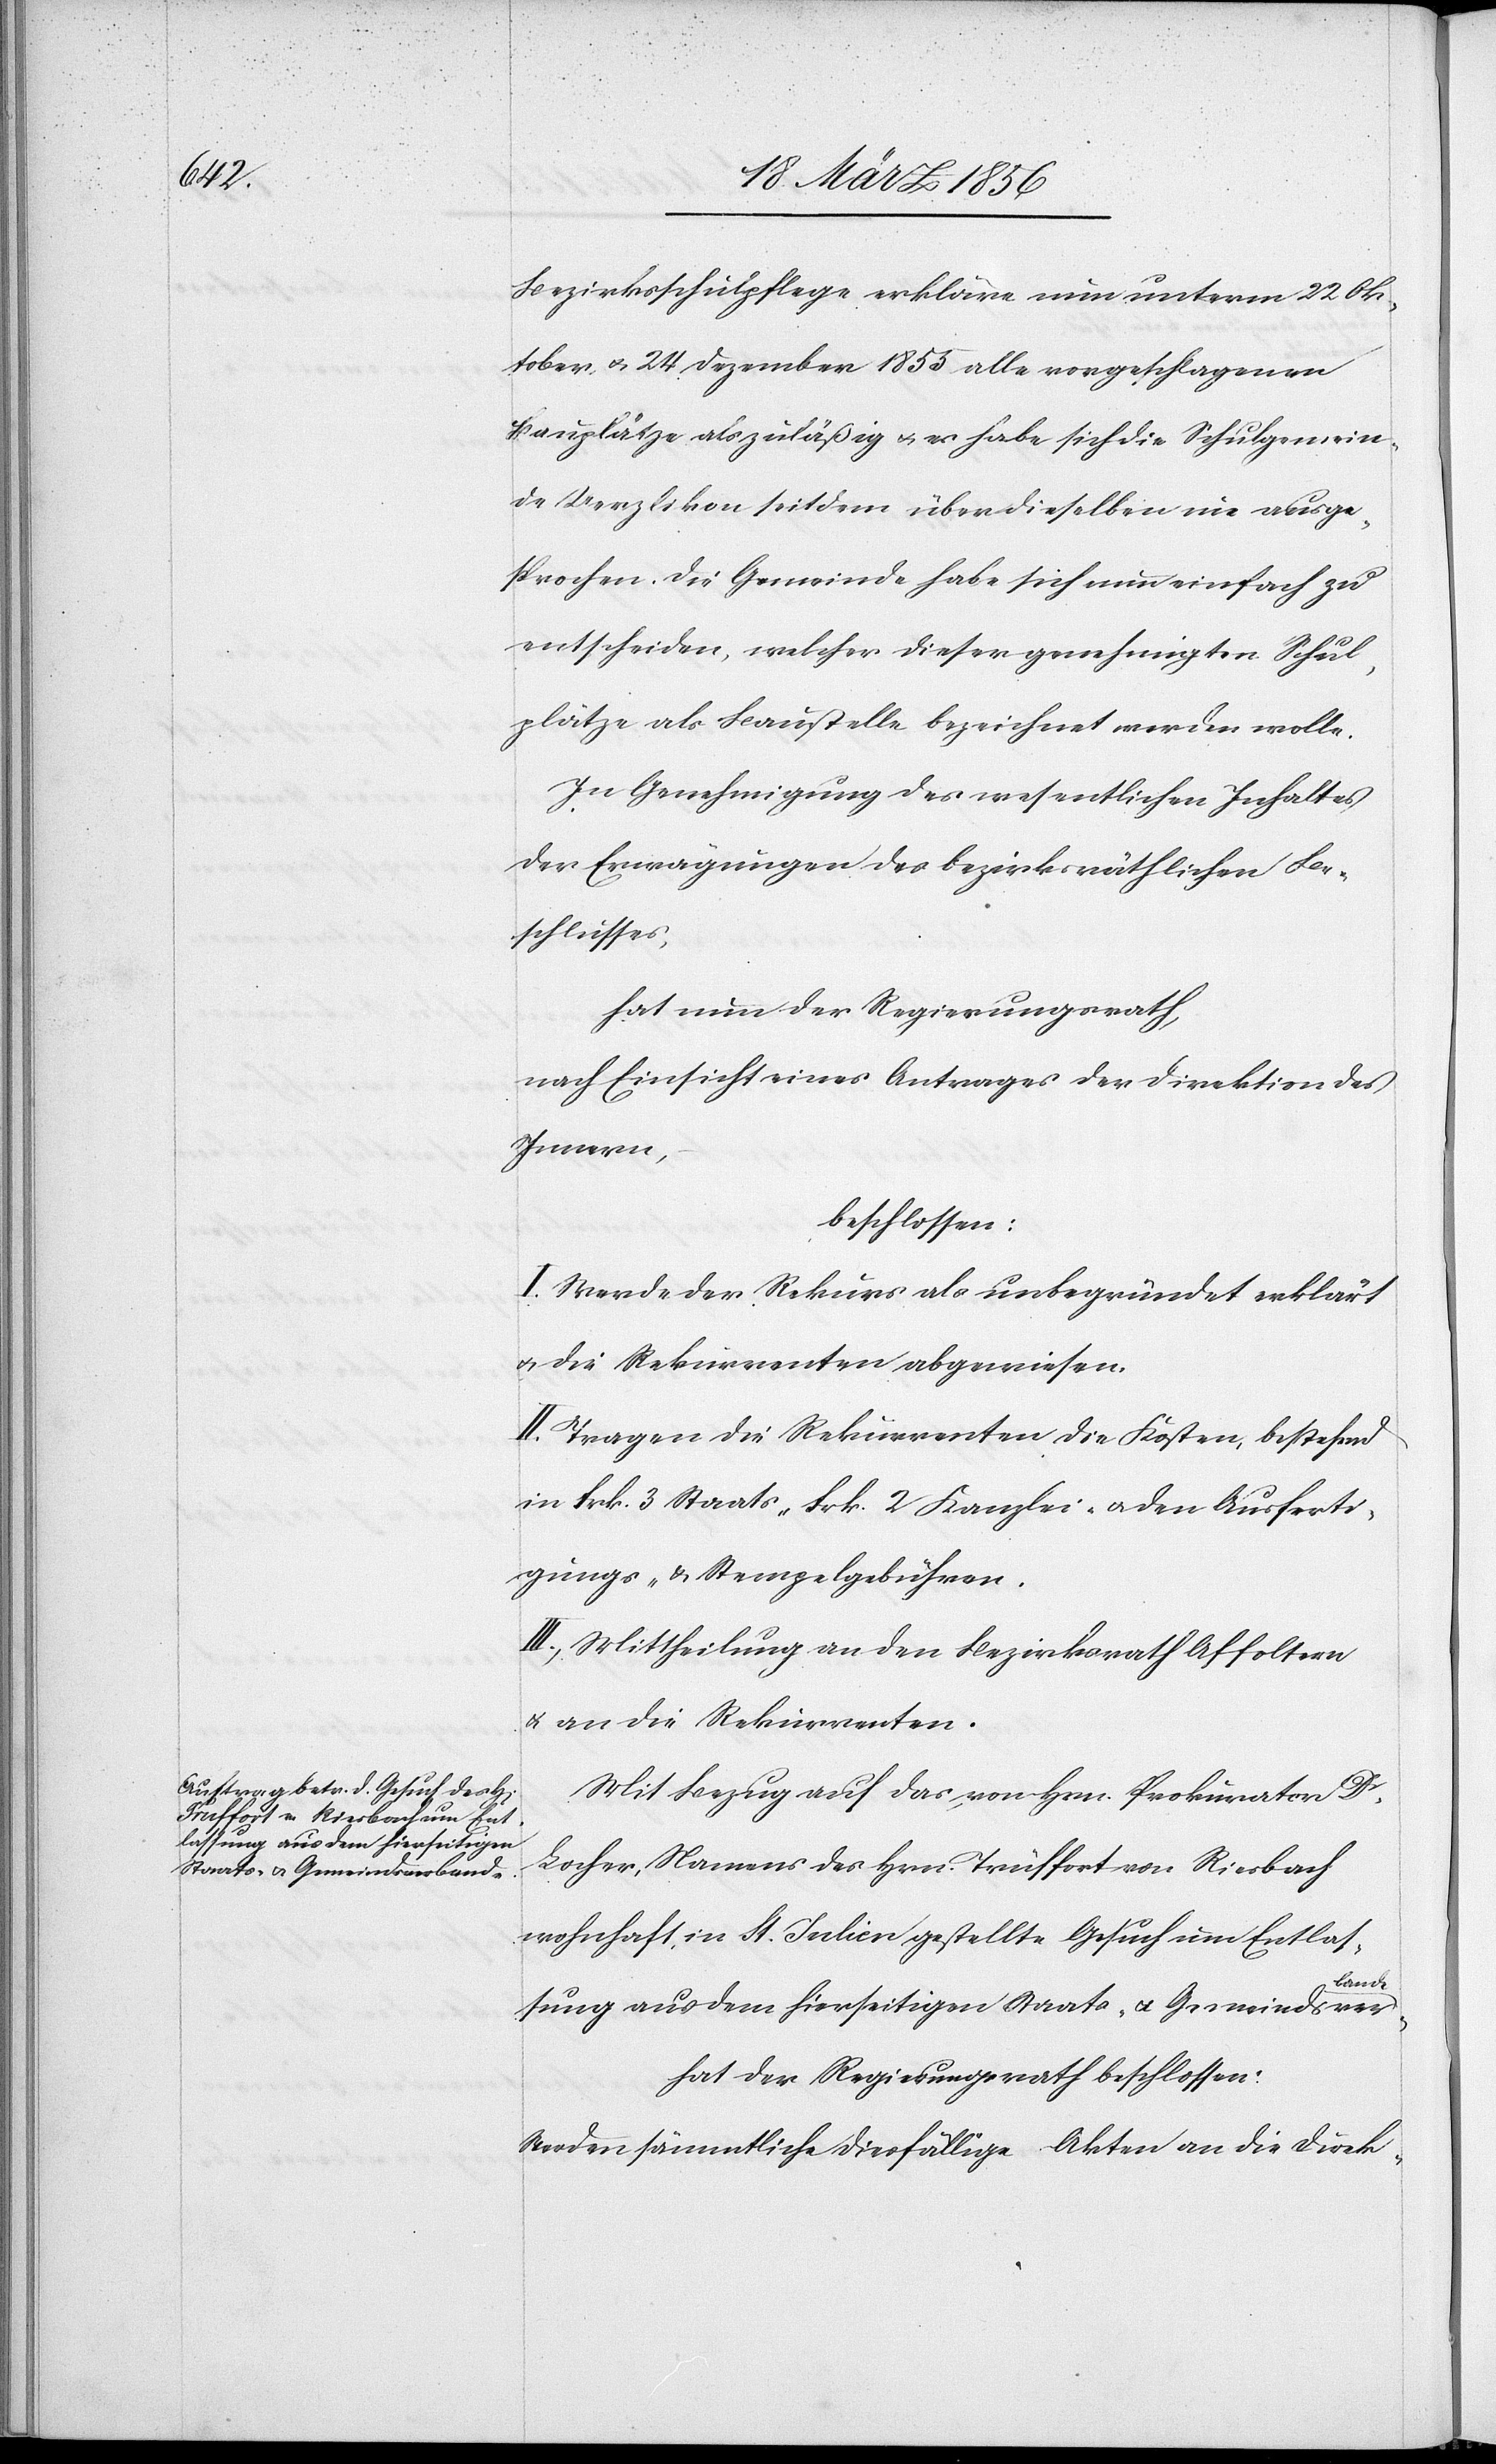
Bezirksschulpflege erkläre nun unterm 22 Ok¬
tober u. 24 Dezember 1855 alle vorgeschlagenen
Bauplätze als zuläßig u. es habe sich die Schulgemein¬
de Uerzlikon seitdem über dieselben nie ausge¬
sprochen. Die Gemeinde habe sich nun einfach zu
entscheiden, welcher dieser genehmigten Schul¬
plätze als Baustelle bezeichnet werden wolle.
In Genehmigung des wesentlichen Inhaltes
der Erwägungen des bezirksräthlichen Be¬
schlusses,
hat nun der Regierungsrath,
nach Einsicht eines Antrages der Direktion des
Innern,
beschlossen:
I. Werde der Rekurs als unbegründet erklärt
u. die Rekurrenten abgewiesen.
II. Tragen die Rekurrenten die Kosten, bestehend
in Frk. 3 Staats- [,] Frk. 2 Kanzlei- u. den Ausferti¬
gungs- & Stempelgebühren.
III., Mittheilung an den Bezirksrath Affoltern
& an die Rekurrenten.
Mit Bezug auf das von Hrn. Prokurator Dr
Locher, Namens des Hrn. Truffort von Riesbach
wohnhaft, in St. Julien gestellte Gesuch um Entlas¬
bande
sung aus dem hierseitigen Staats- u. Gemeindsver¬
hat der Regierungsrath beschlossen:
Werden sämmtliche diesfällige Akten an die Direk-